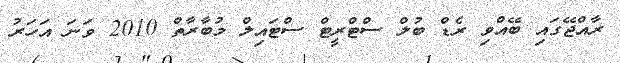
ރާއްޖޭގައި ބޭއްވި ރެޑް ބުލް ސްޓްރީޓް ސްޓައިލް މުބާރާތް 2010 ވަނަ އަހަރު